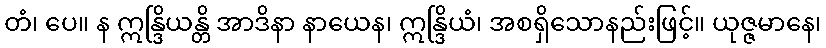
တံ၊ ပေ။ န ဣန္ဒြိယန္တိ အာဒိနာ နာယေန၊ ဣန္ဒြိယံ၊ အစရှိသောနည်းဖြင့်။ ယုဇ္ဇမာနေ၊